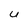
Character: u